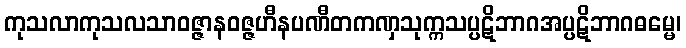
ကုသလာကုသလသာဝဇ္ဇာနဝဇ္ဇဟီနပဏီတကဏှသုက္ကသပ္ပဋိဘာဂအပ္ပဋိဘာဂဓမ္မေ၊